Vaccination United Provinces of Agra and Oudh 1902-1913 - 1902-1913
Year: 1902
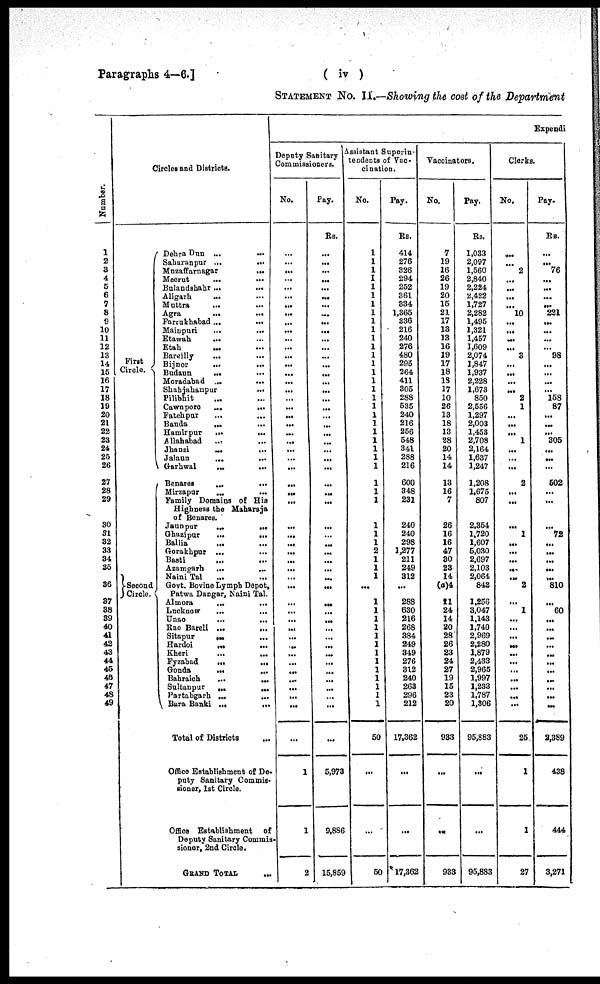
Paragraphs 4—6.]
( iv )
STATEMENT NO. II.—Showing the cost of the Department
Number.
1
2
3
4
5
6
7
8
9
10
11
12
13
14
15
16
17
18
19
20
21
22
23
24
25
26
27
28
29
30
31
32
33
34
35
36
37
38
39
40
41
42
43
44
45
46
47
48
49
Circles and Districts.
First
Circle.
Second
Circle.
Dehra Dun ... ...
Saharanpur ...
...
Muzaffarnagar
...
Meerut
...
...
Bulandshahr ...
...
Aligarh ... ...
Mutta ... ...
Agra ... ...
Farrukhabad
...
...
Mainpuri
...
...
Etawah ... ...
Etah ... ...
Bareilly
... ...
Bijnor
...
...
Budaun ... ...
Moradabad ... ...
Shahjahanpur
...
...
Pilibhit ... ...
Cawnpore
...
...
Fatehpur ... ...
Banda ... ...
Hamirpur
...
...
Allahabad ... ...
Jhansi
... ...
Jalaun
... ...
Garhwal
...
...
Benares
...
...
Mirzapur ... ...
Family Domains of His
Highness the Maharaja
of Benares.
Jaunpur
...
...
Ghazipur
...
...
Ballia ... ...
Gorakhpur ... ...
Basti
...
...
Azamgarh
...
...
Naini Tal ... ...
Govt. Bovine Lymph Depot,
Patwa Dangar, Naini Tal.
Almora
...
...
Lucknow
...
...
Unao
...
...
Rae Bareli ...
...
Sitapur ... ...
Hardoi
...
...
Kheri
...
...
Fyzabad
...
...
Gonda
...
...
Bahraich
...
...
Sultanpur
...
...
Partabgarh
...
...
Bara Banki ...
...
Total of Districts
...
Office Establishment of De-
puty Sanitary Commis-
sioner, 1st Circle.
Office Establishment of
Deputy Sanitary Commis-
sioner, 2nd Circle.
GRAND TOTAL ...
Expendi
Deputy Sanitary
Commissioners.
No.
...
...
...
...
...
...
...
...
...
...
...
...
...
...
...
...
...
...
...
...
...
...
...
...
...
...
...
...
...
...
...
...
...
...
...
...
...
...
...
...
...
...
...
...
...
...
...
...
...
...
...
1
1
2
Pay.
Rs.
...
...
...
...
...
...
...
...
...
...
...
...
...
...
...
...
...
...
...
...
...
...
...
...
...
...
...
...
...
...
...
...
...
...
...
...
...
...
...
...
...
...
...
...
...
...
...
...
...
...
...
...
5,973
9,886
15,859
Assistant Superin-
tendents of Vac-
cination.
No.
1
1
1
1
1
1
1
1
1
1
1
1
1
1
1
1
1
1
1
1
1
1
1
1
1
1
1
1
1
1
1
1
2
1
1
1
...
1
1
1
1
1
1
1
1
1
1
1
1
1
50
...
...
50
Pay.
Rs.
414
276
326
294
252
361
334
1,365
336
216
240
276
480
295
264
411
305
288
535
240
216
256
548
341
288
216
600
348
231
240
240
298
1,277
211
249
312
...
288
630
216
268
384
249
349
276
312
240
263
296
212
17,362
...
...
* 17,362
Vaccinators.
No.
7
19
16
26
19
20
15
21
17
13
13
16
19
17
18
13
17
10
26
13
18
13
28
20
14
14
13
16
7
26
16
16
47
30
23
14
(a)4
11
24
14
20
28
26
23
24
27
19
15
23
20
933
...
...
933
Pay.
Rs.
1,033
2,097
1,560
2,840
2,224
2,422
1,727
2,282
1,495
1,321
1,457
1,609
2,074
1,847
1,937
2,228
1,673
850
2,556
1,297
2,003
1,453
2,708
2,164
1,637
1,247
1,208
1,675
807
2,354
1,720
1,607
5,030
2,697
2,103
2,064
842
1,256
3,047
1,143
1,740
2,969
2,280
1,879
2,433
2,965
1,997
1,233
1,787
1,306
95,883
...
...
95,883
Clerks.
No.
...
...
2
...
...
...
...
10
...
...
...
...
3
...
...
...
...
2
1
...
...
...
1
...
...
...
2
...
...
...
1
...
...
...
...
...
2
...
1
...
...
...
...
...
...
...
...
...
...
...
25
1
1
27
Pay.
Rs.
...
...
76
...
...
...
...
221
...
...
...
...
98
...
...
...
...
158
87
...
...
...
305
...
...
...
502
...
...
...
72
...
...
...
...
...
810
...
60
...
...
...
...
...
...
...
...
...
...
...
2,389
438
444
3,271